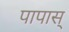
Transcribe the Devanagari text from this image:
पापास्